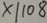
x \vert 1 0 8